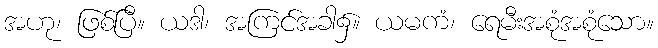
အဟု၊ ဖြစ်ပြီ။ ယဒါ၊ အကြင်အခါ၌။ ယမကံ၊ ရေမီးအစုံအစုံသော။